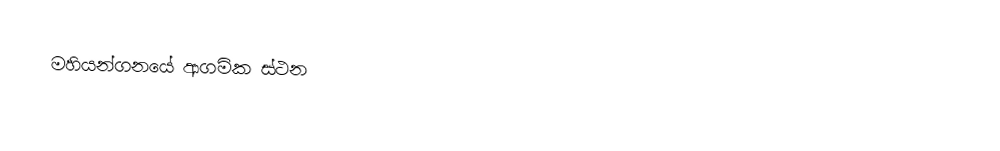
මහියන්ගනයේ ආගමික ස්ථන